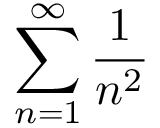
\sum _ { n = 1 } ^ { \infty } { \frac { 1 } { n ^ { 2 } } }